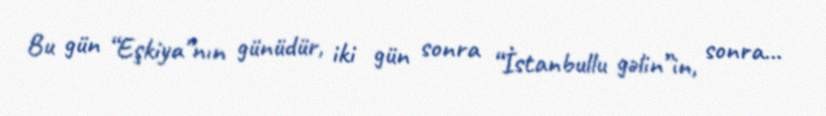
Bu gün “Eşkiya”nın günüdür, iki gün sonra “İstanbullu gəlin”in, sonra...